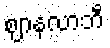
ဈာနလာဘီ